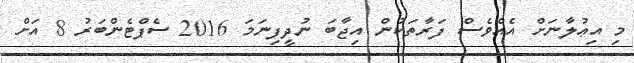
މި އިޢުލާނަށް އެއްވެސް ފަރާތަކުން އިޖާބަ ނުދީފިނަމަ 2016 ސެޕްޓެންބަރު 8 އަށް